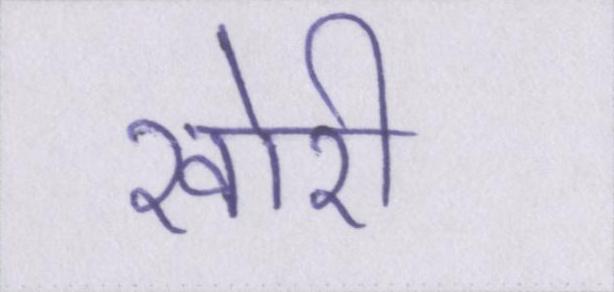
खोरी